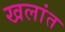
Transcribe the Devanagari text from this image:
खलांत